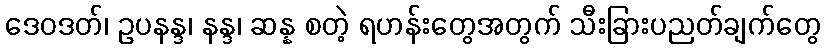
ဒေဝဒတ်၊ ဥပနန္ဒ၊ နန္ဒ၊ ဆန္န စတဲ့ ရဟန်းတွေအတွက် သီးခြားပညတ်ချက်တွေ